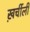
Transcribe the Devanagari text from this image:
ख़र्चीली